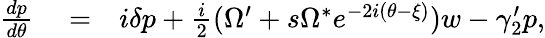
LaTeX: \begin{array}{rlr}{\frac{dp}{d\theta}}&{{}=}&{i\delta p+\frac{i}{2}(\Omega^{\prime}+s\Omega^{*}e^{-2i(\theta-\xi)})w-\gamma_{2}^{\prime}p,}\end{array}